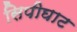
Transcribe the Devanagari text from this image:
सिपीघाट